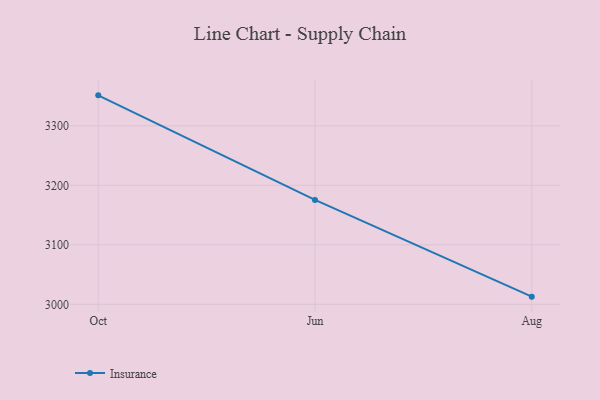
{"axis": {"x": "Month", "y": "Net Income (USD K)"}, "legend": ["Insurance"], "data": [{"x": "Oct", "y": 3351.2, "type": "Insurance"}, {"x": "Jun", "y": 3175.5, "type": "Insurance"}, {"x": "Aug", "y": 3012.9, "type": "Insurance"}]}